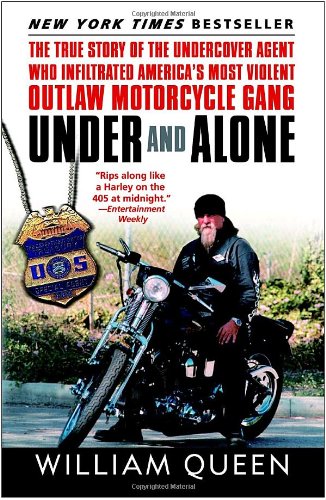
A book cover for Under and Alone: The True Story of the Undercover Agent Who Infiltrated America's Most Violent Outlaw Motorcycle Gang; William Queen; Biographies & Memoirs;